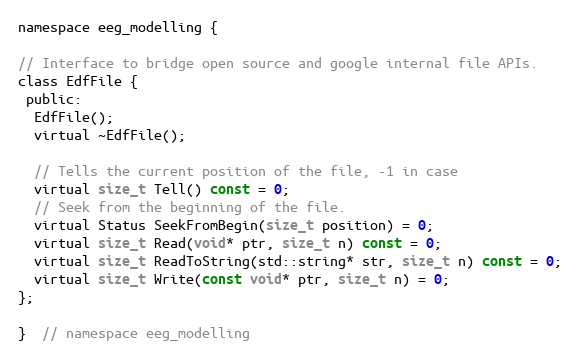
Language: C
namespace eeg_modelling {

// Interface to bridge open source and google internal file APIs.
class EdfFile {
 public:
  EdfFile();
  virtual ~EdfFile();

  // Tells the current position of the file, -1 in case
  virtual size_t Tell() const = 0;
  // Seek from the beginning of the file.
  virtual Status SeekFromBegin(size_t position) = 0;
  virtual size_t Read(void* ptr, size_t n) const = 0;
  virtual size_t ReadToString(std::string* str, size_t n) const = 0;
  virtual size_t Write(const void* ptr, size_t n) = 0;
};

}  // namespace eeg_modelling